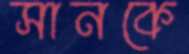
সানকে